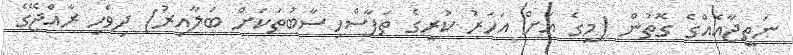
ނަތީޖާއެއްގެ ގޮތުން (މީގެ އަށް އަހަރު ކުރީގެ ތަފާސްހިސާބުތަކަށް ބަލާއިރު) ދިވެހި ރާއްޖޭގެ